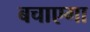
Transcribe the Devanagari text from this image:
बचाएगा